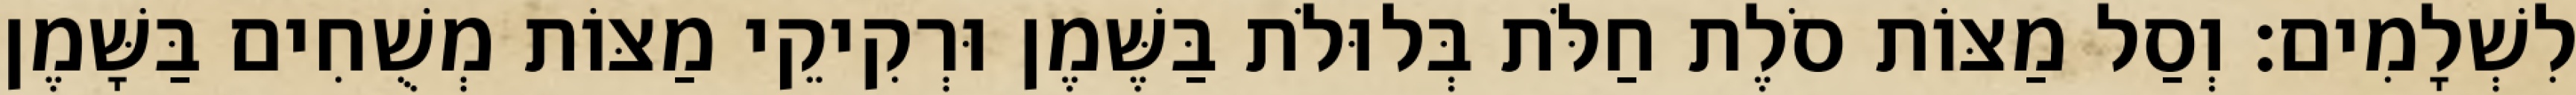
לִשְׁלָמִים׃ וְסַל מַצּוֹת סֹלֶת חַלֹּת בְּלוּלֹת בַּשֶּׁמֶן וּרְקִיקֵי מַצּוֹת מְשֻׁחִים בַּשָּׁמֶן